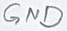
Text: GND